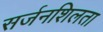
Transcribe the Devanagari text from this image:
सर्जनशिलता